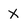
Character: X